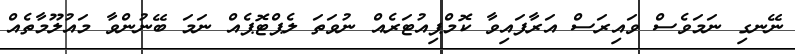
ނޭނގި ނަމަވެސް ވައިރަސް އަރާފައިވާ ކޮމްޕިއުޓަރެއް ނުވަތަ ލެޕްޓޮޕެއް ނަމަ ބޭނުންވާ މައުލޫމާތެއް